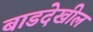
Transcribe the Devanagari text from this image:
बाडदेखील